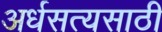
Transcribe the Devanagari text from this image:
अर्धसत्यसाठी